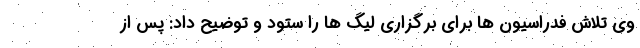
وی تلاش فدراسیون ها برای برگزاری لیگ ها را ستود و‌ توضیح داد: پس از